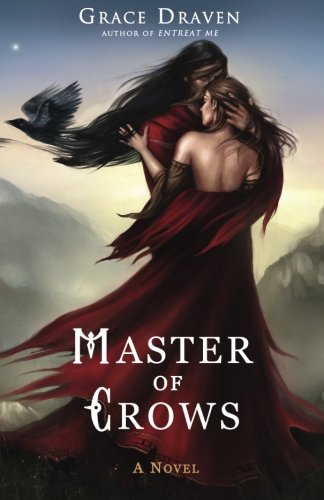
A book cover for Master of Crows; Grace Draven; Romance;